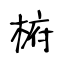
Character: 椨